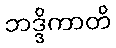
ဘဒ္ဒိကာတိ